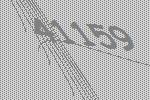
41159